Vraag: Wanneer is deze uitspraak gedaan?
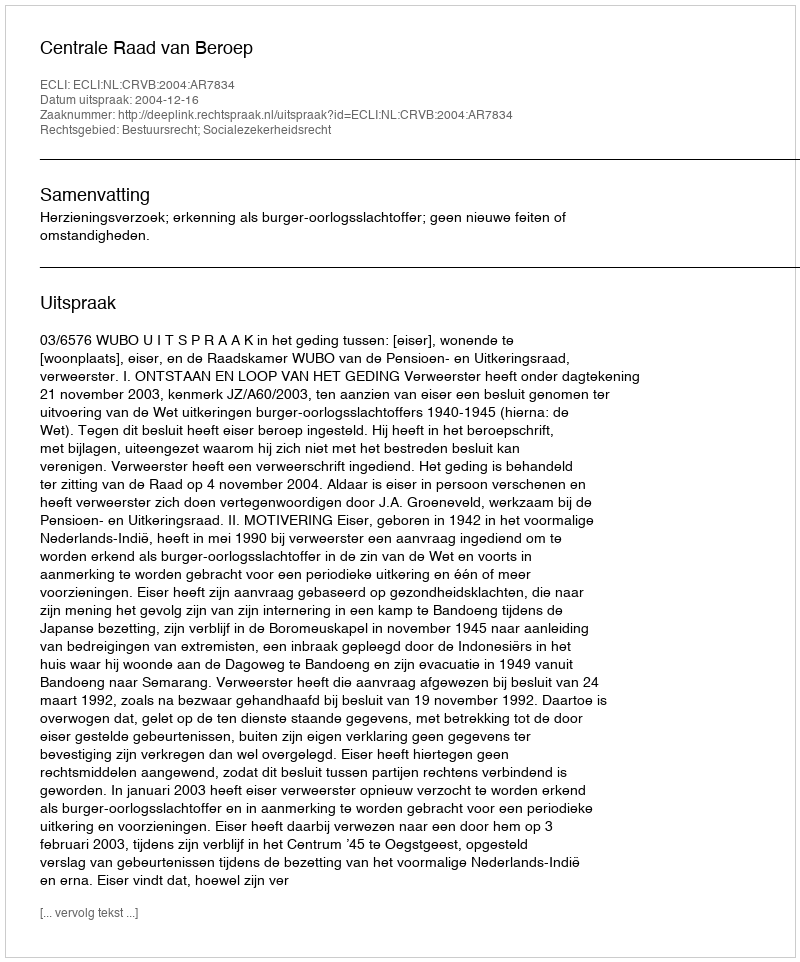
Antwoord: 2004-12-16